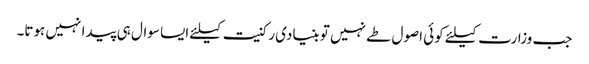
جب وزارت کیلئے کوئی اصول طے نہیں تو بنیادی رکنیت کیلئے ایسا سوال ہی پیدا نہیں ہوتا۔